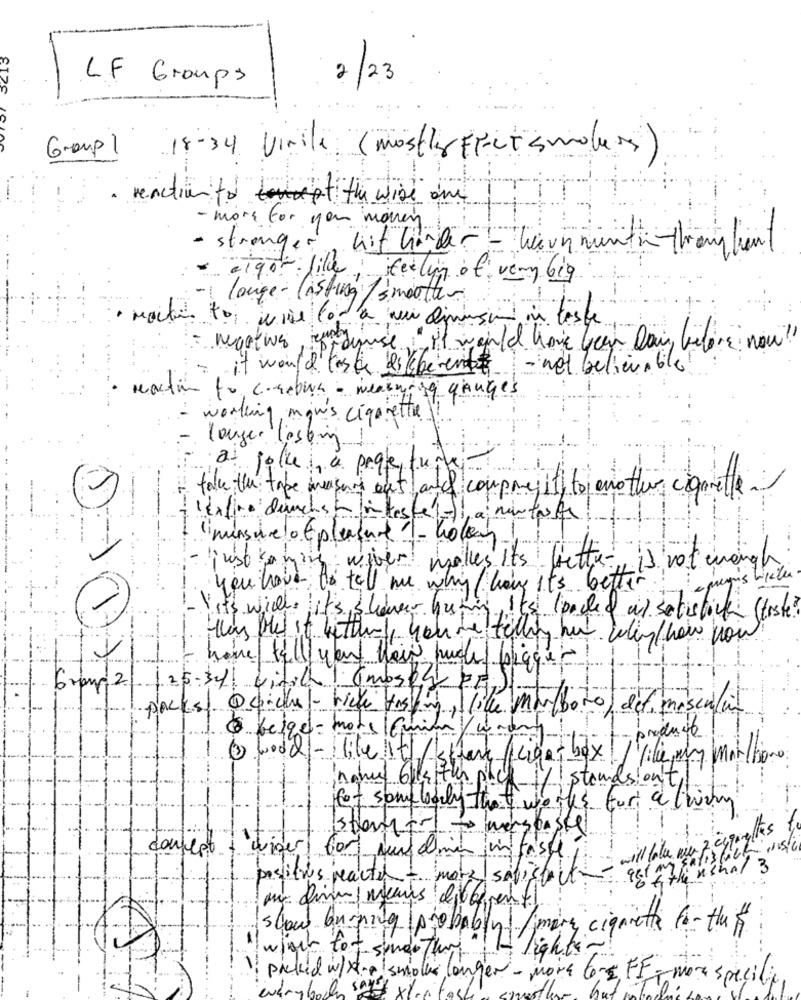
5213
LF Groups
2
123
Group 1
18-34 vinile (mostly FECT Smolens)
. reactionto the wise and
- more for you moven
stronger withüber - kernmunthe-throughant
cigot lille; feeling of very big
( longe- lasting / smooth-
· martin to use for a mui dimision in teste
- martwa umby
tamuse "It would have been Dan, before now !!
it would taste different - net believable
. reaction to corebara - weakening gauges
- working man's cigarette !!
longer listing
at joke a peqe, turkey
falle the tape measure out and compresiti to another cigarette
lexfino durchsh inteste -), a mintas fr
l'imunsure lotplaced -Kolon
- pusokoning wever molles Its better is not enough
aqui's bieten
you have to tell me why have it's better
1-lit will lits shower hating, its loaded as solistick (tiste?
Hlas Mel it hitting, yan de telling hat when how you
home tell you their hudle bigque!
bron 2 25-34 vinil 6mosky FF
packs) Quiches - five tos in, lille Mor boto, det. mascular
· belgel-mote fuim /woder
@ Wood-like it/ /kb
splan ( Light box! ] ville, my marillion:
--- 1/ standsionity
for somebody that wo ths fort a thirty
werson
will take min z cypinettes
contest.
wiger for men dimin juin fasse
98 476 usual 3
Doslitros reacted - more saf,soit
mir finns means différent
slow burning probably) /mary cigarette forthe f
what to t- sindother "! I light-
picked w/H.o smolk longer - more 6- FF - mon specify